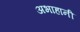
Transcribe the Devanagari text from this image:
अभाहानी